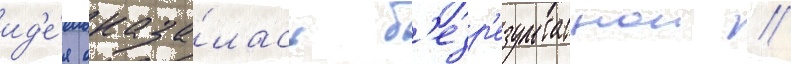
ид'е́я оказа́лась б'езр'езультатнои //